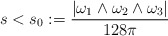
\begin{align*} s<s_0:=\frac{\vert \omega_1\land\omega_2\land\omega_3\vert}{128\pi} \end{align*}